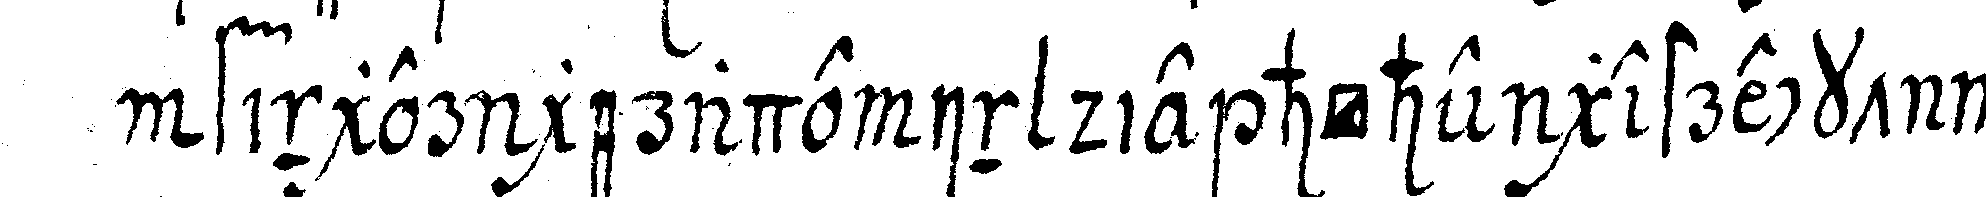
finger gerade in die höhe gestreckt wer